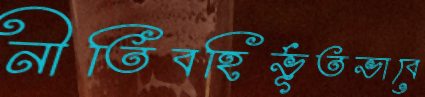
নীতিবহির্ভূতভাবে